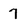
Character: 7